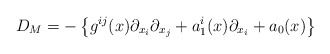
\begin{align*}D_M=-\left\{g^{ij}(x)\partial_{x_i}\partial_{x_j}+a_1^i(x)\partial_{x_i}+a_0(x)\right\}\end{align*}